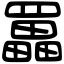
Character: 𦌵